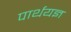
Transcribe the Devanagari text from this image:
पार्थयज्ञ